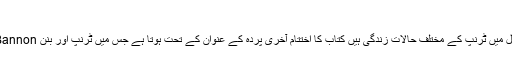
کتاب کے مندرجات پر ایک اجمالی نظر :
کتاب حرف مصنف کے ساتھ ایک مقدمہ اور ۲۲ فصلوں پر مشتمل ہے ،ہرایک فصل میں ٹرنپ کے مختلف حالات زندگی ہیں کتاب کا اختتام آخری پردہ کے عنوان کے تحت ہوتا ہے جس میں ٹرنپ اور بنن Stephen Bannon کے مابین تعلقات کے سلسلہ سے دلائل و شواہد پیش کئے گئے ہیں ۔